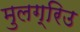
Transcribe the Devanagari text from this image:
मुलग्रिउ